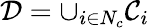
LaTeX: \mathcal{D}=\cup_{i\in N_{c}}\mathcal{C}_{i}